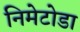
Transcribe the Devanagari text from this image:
निमेटोडा